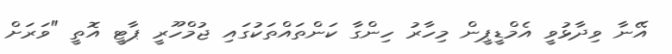
އޭނާ ވިދާޅުވީ އެމްޑީޕީން މިހާރު ހިންގާ ކަންތައްތަކުގައި ޖުމްހޫރީ ޕާޓީ އޮތީ "ވަރަށް